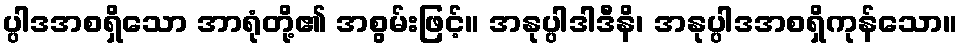
ပ္ပါဒအစရှိသော အာရုံတို့၏ အစွမ်းဖြင့်။ အနုပ္ပါဒါဒီနိ၊ အနုပ္ပါဒအစရှိကုန်သော။